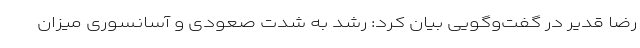
رضا قدیر در گفت‌وگویی بیان کرد: رشد به شدت صعودی و آسانسوری میزان